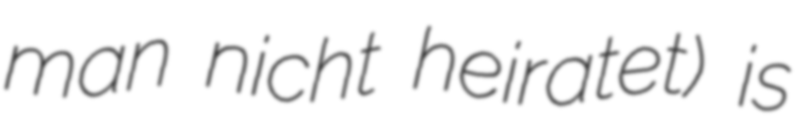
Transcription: man nicht heiratet) is